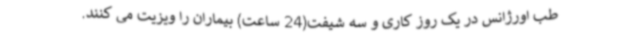
طب اورژانس در یک روز کاری و سه شیفت(24 ساعت) بیماران را ویزیت می کنند.